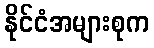
နိုင်ငံအများစုက